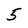
Character: 5